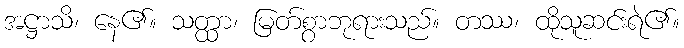
အဋ္ဌာသိ၊ နေ၏။ သတ္ထာ၊ မြတ်စွာဘုရားသည်။ တဿ၊ ထိုသူဆင်းရဲ၏။